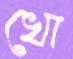
খো